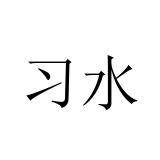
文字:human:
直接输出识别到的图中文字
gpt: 习水